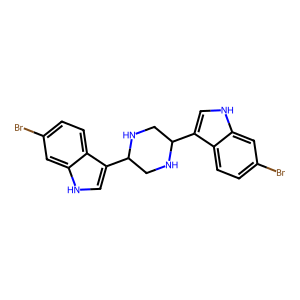
SMILES: Brc1ccc2c(C3CNC(c4c[nH]c5cc(Br)ccc45)CN3)c[nH]c2c1
Inhibits HIV replication: No